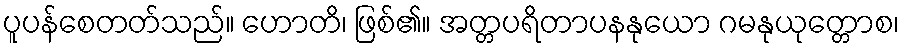
ပူပန်စေတတ်သည်။ ဟောတိ၊ ဖြစ်၏။ အတ္တပရိတာပနနုယော ဂမနုယုတ္တောစ၊